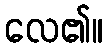
လေ၏။